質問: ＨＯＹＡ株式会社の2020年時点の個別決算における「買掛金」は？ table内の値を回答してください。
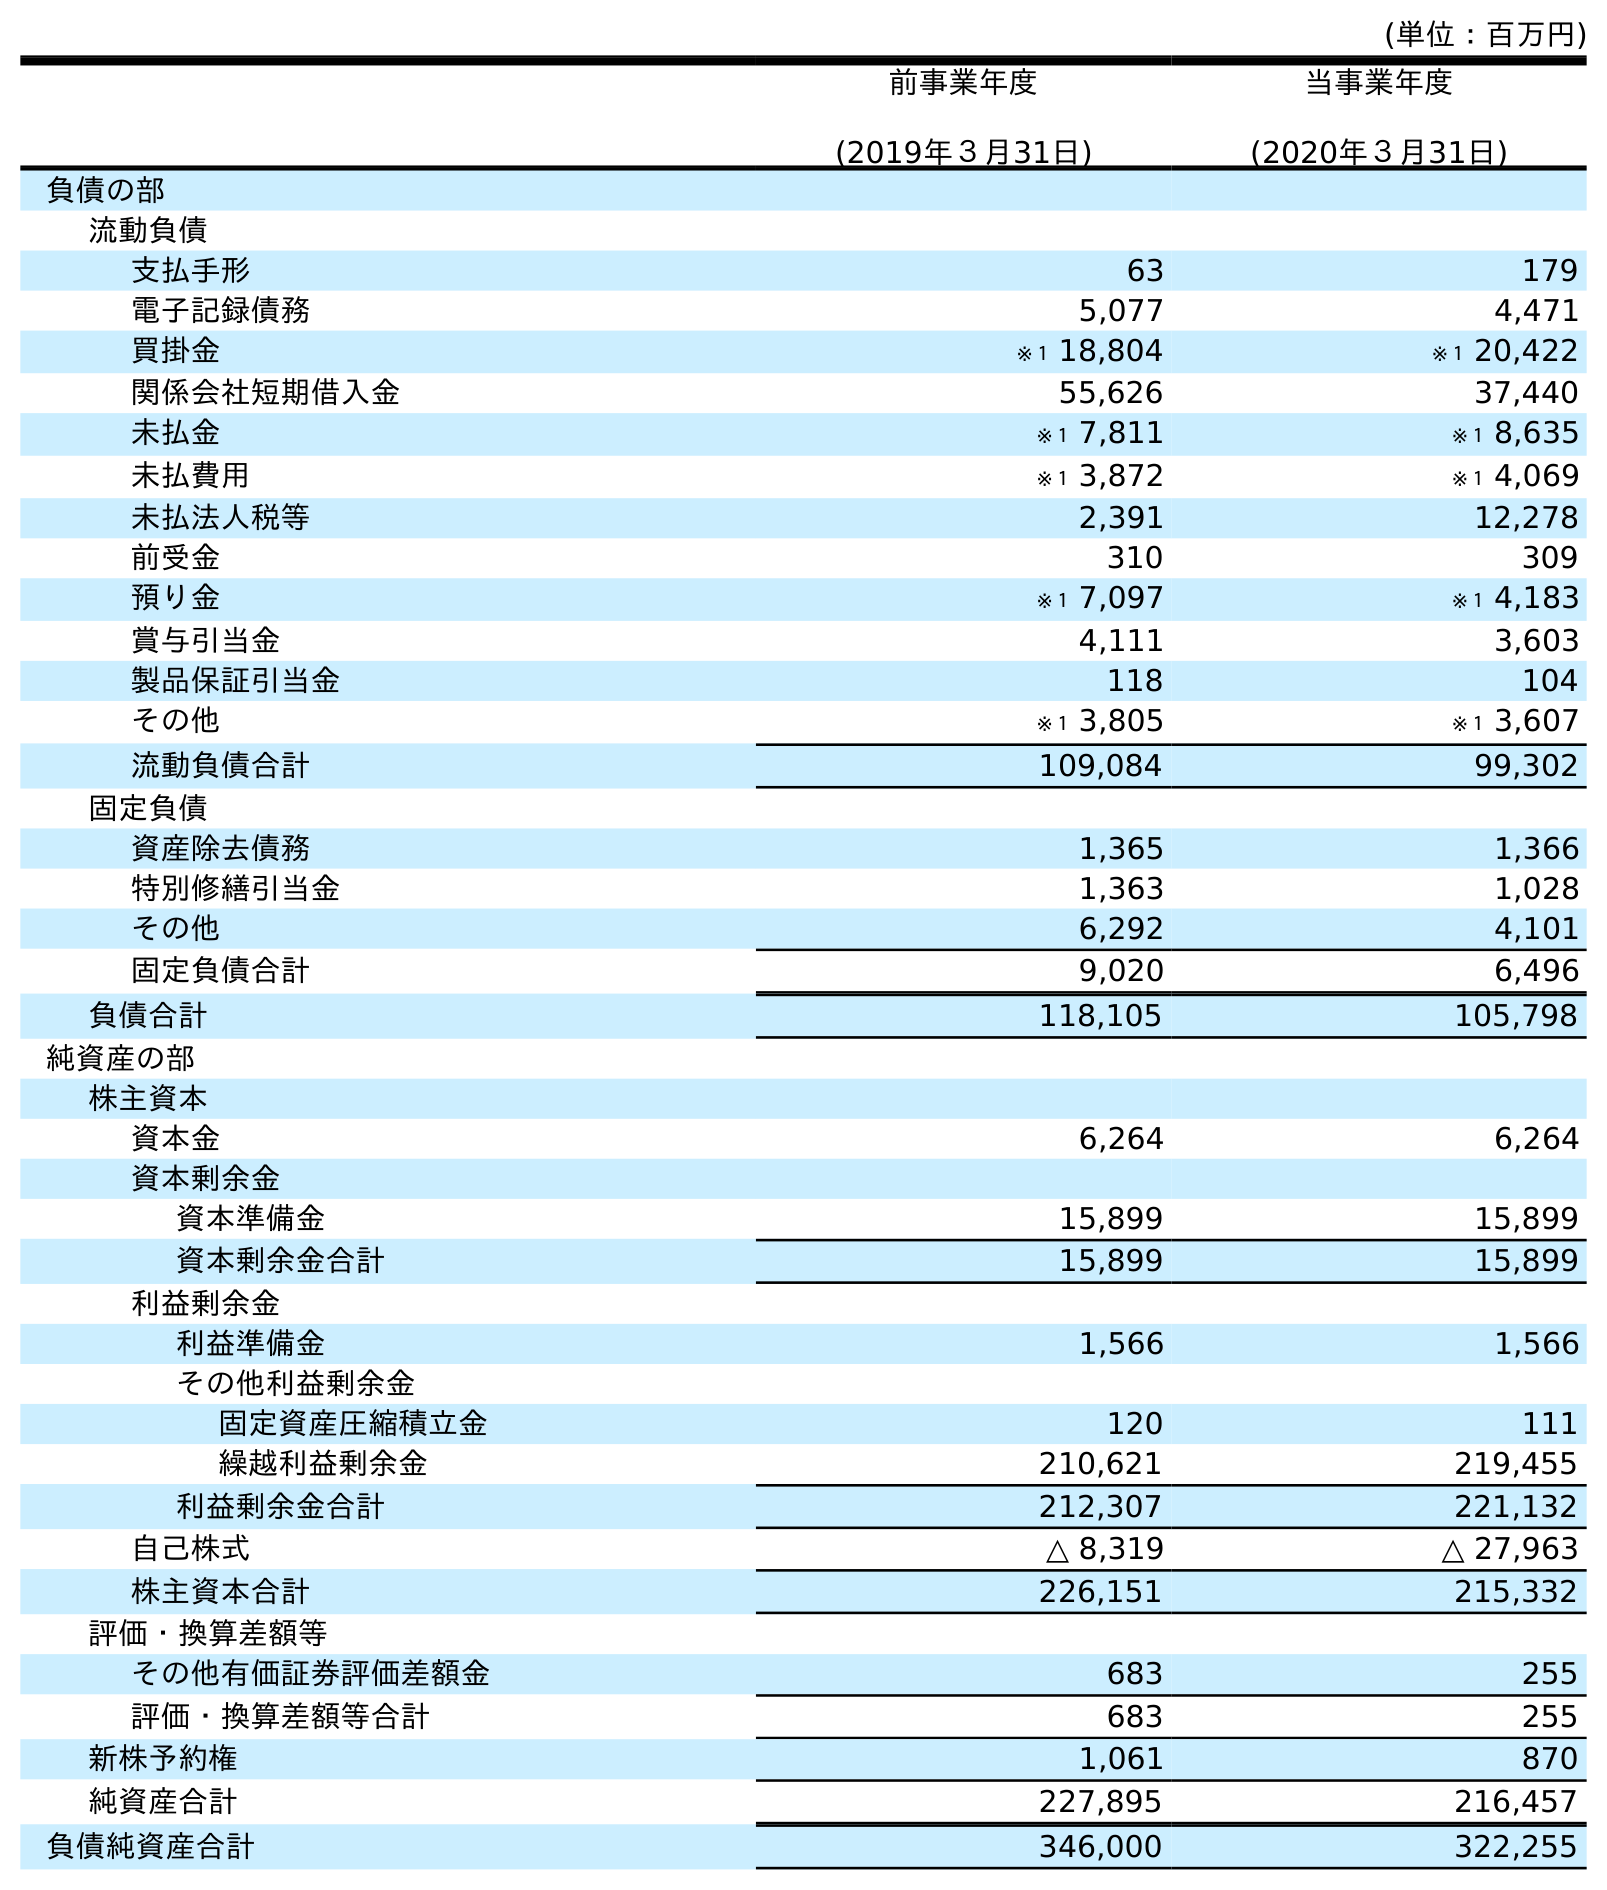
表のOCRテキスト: (単位：百万円) 前事業年度 (2019年３月31日) 当事業年度 (2020年３月31日) 負債の部 流動負債 支払手形 63 179 電子記録債務 5,077 4,471 買掛金 ※１ 18,804 ※１ 20,422 関係会社短期借入金 55,626 37,440 未払金 ※１ 7,811 ※１ 8,635 未払費用 ※１ 3,872 ※１ 4,069 未払法人税等 2,391 12,278 前受金 310 309 預り金 ※１ 7,097 ※１ 4,183 賞与引当金 4,111 3,603 製品保証引当金 118 104 その他 ※１ 3,805 ※１ 3,607 流動負債合計 109,084 99,302 固定負債 資産除去債務 1,365 1,366 特別修繕引当金 1,363 1,028 その他 6,292 4,101 固定負債合計 9,020 6,496 負債合計 118,105 105,798 純資産の部 株主資本 資本金 6,264 6,264 資本剰余金 資本準備金 15,899 15,899 資本剰余金合計 15,899 15,899 利益剰余金 利益準備金 1,566 1,566 その他利益剰余金 固定資産圧縮積立金 120 111 繰越利益剰余金 210,621 219,455 利益剰余金合計 212,307 221,132 自己株式 △ 8,319 △ 27,963 株主資本合計 226,151 215,332 評価・換算差額等 その他有価証券評価差額金 683 255 評価・換算差額等合計 683 255 新株予約権 1,061 870 純資産合計 227,895 216,457 負債純資産合計 346,000 322,255
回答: ※１20,422